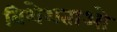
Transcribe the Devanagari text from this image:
विशेशताओ